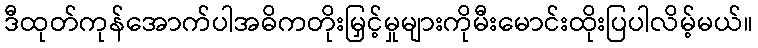
ဒီထုတ်ကုန်အောက်ပါအဓိကတိုးမြှင့်မှုများကိုမီးမောင်းထိုးပြပါလိမ့်မယ်။